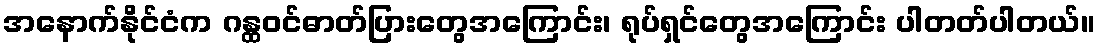
အနောက်နိုင်ငံက ဂန္ထဝင်ဓာတ်ပြားတွေအကြောင်း၊ ရုပ်ရှင်တွေအကြောင်း ပါတတ်ပါတယ်။